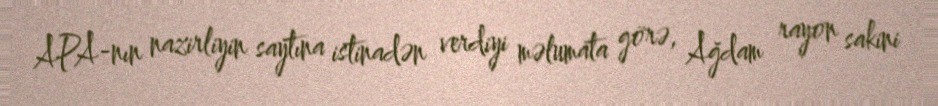
APA-nın nazirliyin saytına istinadən verdiyi məlumata görə, Ağdam rayon sakini